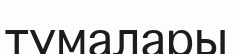
тумалары